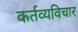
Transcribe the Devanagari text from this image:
कर्तव्यविचार